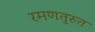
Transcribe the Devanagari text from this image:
रमणतुरुत